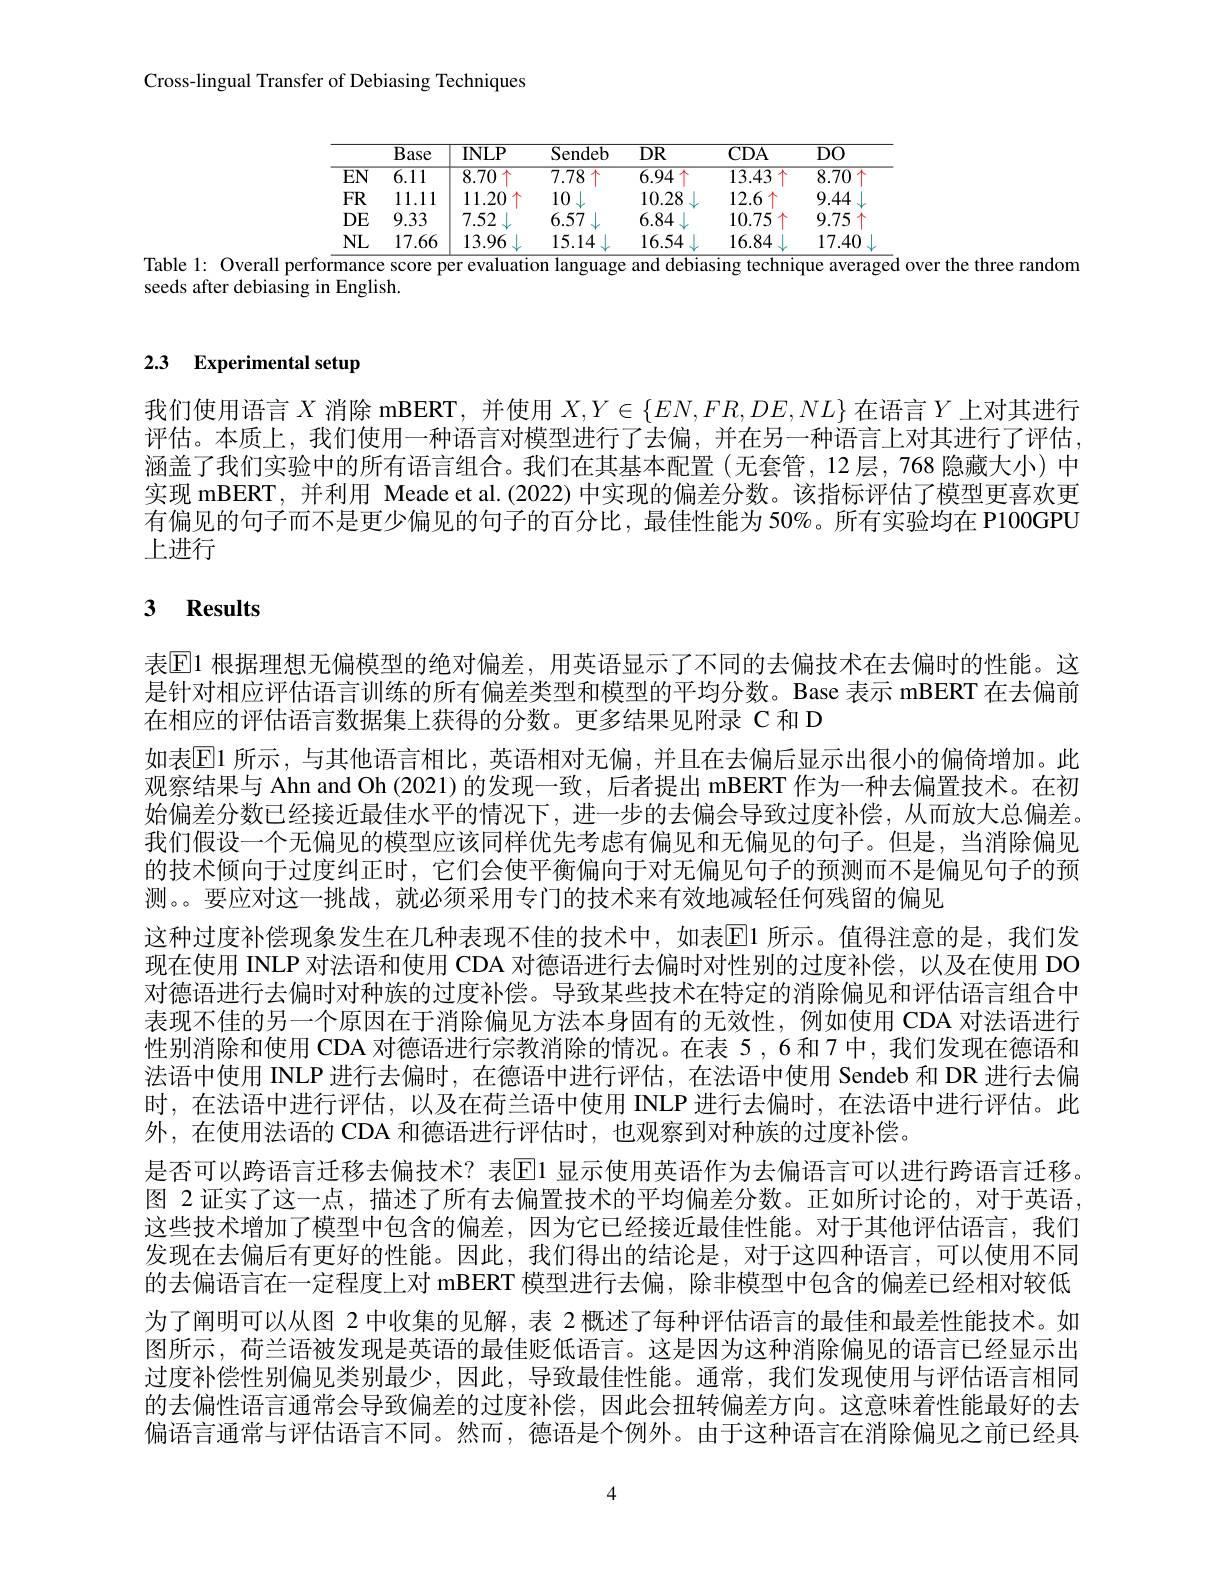
Cross-lingual Transfer of Debiasing Techniques

<table>
	<tbody>
		<tr>
			<th> </th>
			<th>$\overline{\text{Base}}$</th>
			<th>$INLP$</th>
			<th>Sendeb</th>
			<th>$DR$</th>
			<th>$CDA$</th>
			<th>DO</th>
		</tr>
		<tr>
			<td>$\overline{EN}$</td>
			<td>$\overline{6.11}$</td>
			<td>8.70</td>
			<td>7.78 十</td>
			<td>$\overline{6.94}$</td>
			<td>13.43 千</td>
			<td>8.70</td>
		</tr>
		<tr>
			<td>$FR$</td>
			<td>11.11</td>
			<td>11.20</td>
			<td>10</td>
			<td>10.28 </td>
			<td>12.6</td>
			<td>9.44</td>
		</tr>
		<tr>
			<td>DE</td>
			<td>9.33</td>
			<td>7.52</td>
			<td>6.57</td>
			<td>6.84</td>
			<td>10.75</td>
			<td>9.75</td>
		</tr>
		<tr>
			<td>$NL$</td>
			<td>17.66</td>
			<td>13.96</td>
			<td>15.14</td>
			<td>$\int_{1}^{\infty}\frac{1}{2}$ 16.54</td>
			<td>16.84</td>
			<td>17.40</td>
		</tr>
	</tbody>
</table>
Table l: Overall performance score per evaluation language and debiasing technique averaged over the three random

seeds after debiasing in English.

# 2.3 Experimental setup

我们使用语言$X$消除 mBERT, 并使用$X,Y\in\{EN,FR,DE,NL\}$在语言$Y$上对其进行评估。本质上，我们使用一种语言对模型进行了去偏，并在另一种语言上对其进行了评估， 涵盖了我们实验中的所有语言组合。我们在其基本配置(无套管，12层，768 隐藏大小)中实现 mBERT, 并利用 Meade et al.(2022) 中实现的偏差分数。该指标评估了模型更喜欢更有偏见的句子而不是更少偏见的句子的百分比，最佳性能为 50%。所有实验均在 P100GPU 上进行

# 3 Results

表[E]1 根据理想无偏模型的绝对偏差，用英语显示了不同的去偏技术在去偏时的性能。这是针对相应评估语言训练的所有偏差类型和模型的平均分数。Base 表示 mBERT 在去偏前在相应的评估语言数据集上获得的分数。更多结果见附录 C 和 D
如表$\mathbb{E}$1 所示，与其他语言相比，英语相对无偏，并且在去偏后显示出很小的偏倚增加。此观察结果与 Ahn and Oh (2021)的发现一致，后者提出 mBERT 作为一种去偏置技术。在初始偏差分数已经接近最佳水平的情况下，进一步的去偏会导致过度补偿，从而放大总偏差。我们假设一个无偏见的模型应该同样优先考虑有偏见和无偏见的句子。但是，当消除偏见的技术倾向于过度纠正时，它们会使平衡偏向于对无偏见句子的预测而不是偏见句子的预测。。要应对这一挑战，就必须采用专门的技术来有效地减轻任何残留的偏见
这种过度补偿现象发生在几种表现不佳的技术中，如表El 所示。值得注意的是，我们发现在使用 INLP 对法语和使用 CDA 对德语进行去偏时对性别的过度补偿，以及在使用 DO 对德语进行去偏时对种族的过度补偿。导致某些技术在特定的消除偏见和评估语言组合中表现不佳的另一个原因在于消除偏见方法本身固有的无效性，例如使用 CDA 对法语进行性别消除和使用 CDA 对德语进行宗教消除的情况。在表 5 , 6 和 7 中 , 我们发现在德语和法语中使用 INLP 进行去偏时，在德语中进行评估，在法语中使用 Sendeb 和 DR 进行去偏时，在法语中进行评估，以及在荷兰语中使用 INLP 进行去偏时，在法语中进行评估。此外，在使用法语的 CDA 和德语进行评估时，也观察到对种族的过度补偿。
是否可以跨语言迁移去偏技术？表El 显示使用英语作为去偏语言可以进行跨语言迁移。图 2 证实了这一点，描述了所有去偏置技术的平均偏差分数。正如所讨论的，对于英语， 这些技术增加了模型中包含的偏差，因为它已经接近最佳性能。对于其他评估语言，我们发现在去偏后有更好的性能。因此，我们得出的结论是，对于这四种语言，可以使用不同的去偏语言在一定程度上对 mBERT 模型进行去偏，除非模型中包含的偏差已经相对较低为了阐明可以从图 2 中收集的见解，表 2 概述了每种评估语言的最佳和最差性能技术。如图所示，荷兰语被发现是英语的最佳贬低语言。这是因为这种消除偏见的语言已经显示出过度补偿性别偏见类别最少，因此，导致最佳性能。通常，我们发现使用与评估语言相同的去偏性语言通常会导致偏差的过度补偿，因此会扭转偏差方向。这意味着性能最好的去偏语言通常与评估语言不同。然而，德语是个例外。由于这种语言在消除偏见之前已经具

4